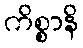
ကိစ္စာနိ